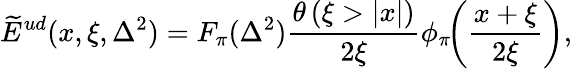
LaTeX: \widetilde E^{ud}(x,\xi,\Delta^{2})=F_{\pi}(\Delta^{2})\frac{\theta\left(\xi>|x|\right)}{2\xi}\phi_{\pi}\! \! \left(\frac{x+\xi}{2\xi}\right),